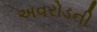
અવરોડની